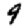
Digit: 9